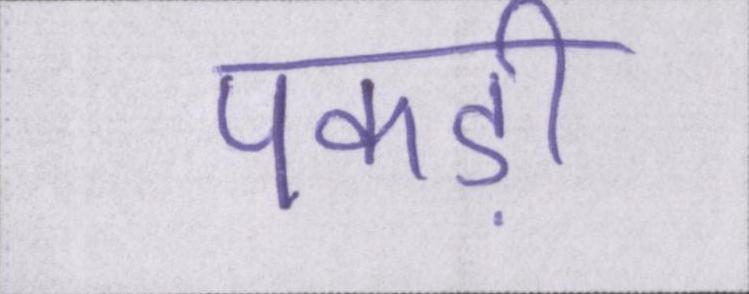
पकड़ी